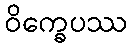
ဝိက္ခေပဿ